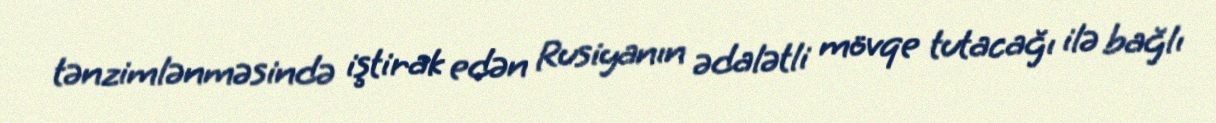
tənzimlənməsində iştirak edən Rusiyanın ədalətli mövqe tutacağı ilə bağlı